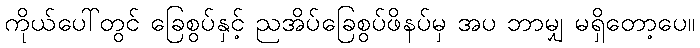
ကိုယ်ပေါ်တွင် ခြေစွပ်နှင့် ညအိပ်ခြေစွပ်ဖိနပ်မှ အပ ဘာမျှ မရှိတော့ပေ။